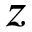
z